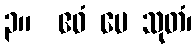
၃။  ဧဝံ မေ သုတံ၊